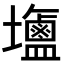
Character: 𪉹